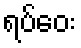
ရပ်ဝေး